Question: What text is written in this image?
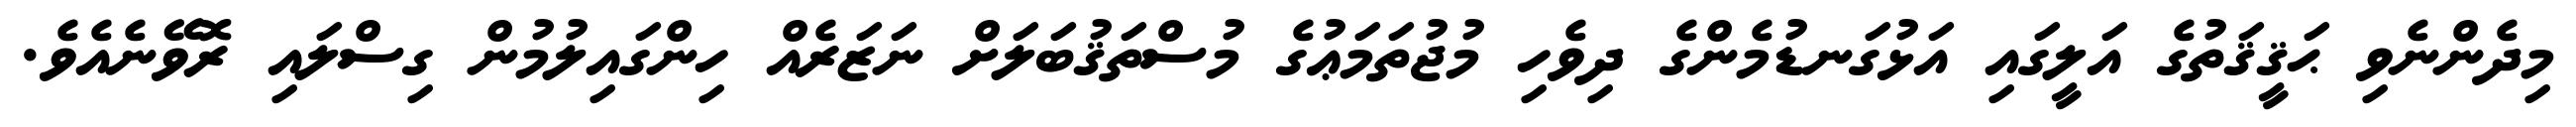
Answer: މިދެންނެވި ޙަޤީޤަތުގެ އަލީގައި އަޅުގަނޑުމެންގެ ދިވެހި މުޖުތަމަޢުގެ މުސްތަޤުބަލަށް ނަޒަރެއް ހިންގައިލުމުން ގިސްލައި ރޮވޭނެއެވެ.